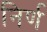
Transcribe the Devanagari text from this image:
निर्ण